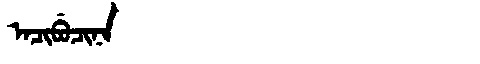
Manchu: ᠠᠴᡳᠪᡠᠴᡳᠨᠠ
Romanization: ACIBUCINA